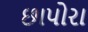
છાપોરા